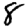
Digit: 8